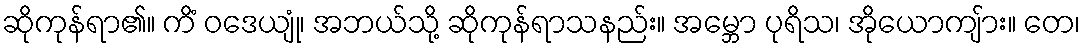
ဆိုကုန်ရာ၏။ ကိံ ဝဒေယျုံ၊ အဘယ်သို့ ဆိုကုန်ရာသနည်း။ အမ္ဘော ပုရိသ၊ အိုယောကျ်ား။ တေ၊